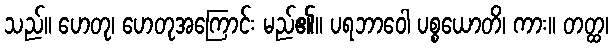
သည်။ ဟေတု၊ ဟေတုအကြောင်း မည်၏။ ပရဘာဝေါ ပစ္စယောတိ၊ ကား။ တတ္ထ၊